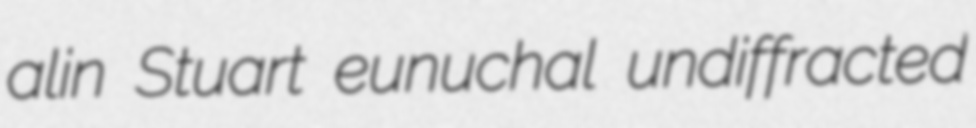
alin Stuart eunuchal undiffracted